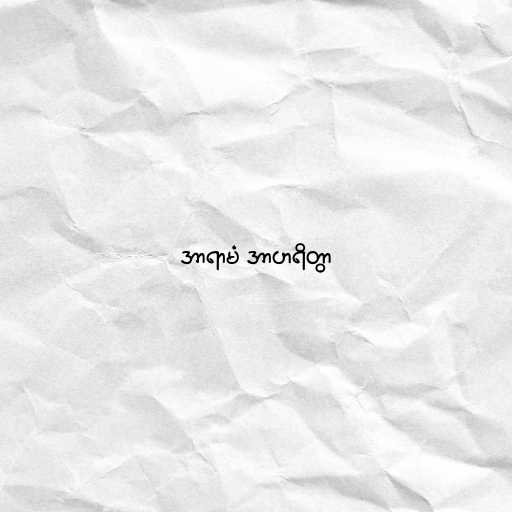
အာရာမံ အာဟရိတွာ